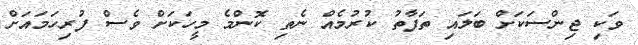
ވަކި ޖިންސަކަށް ބަލައި ތަފާތު ކުރުމެއް ނެތި ކޮންމެ މީހަކަށް ވެސް ފުރިހަމައަށް